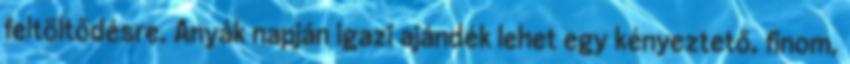
feltöltődésre. Anyák napján igazi ajándék lehet egy kényeztető, finom,